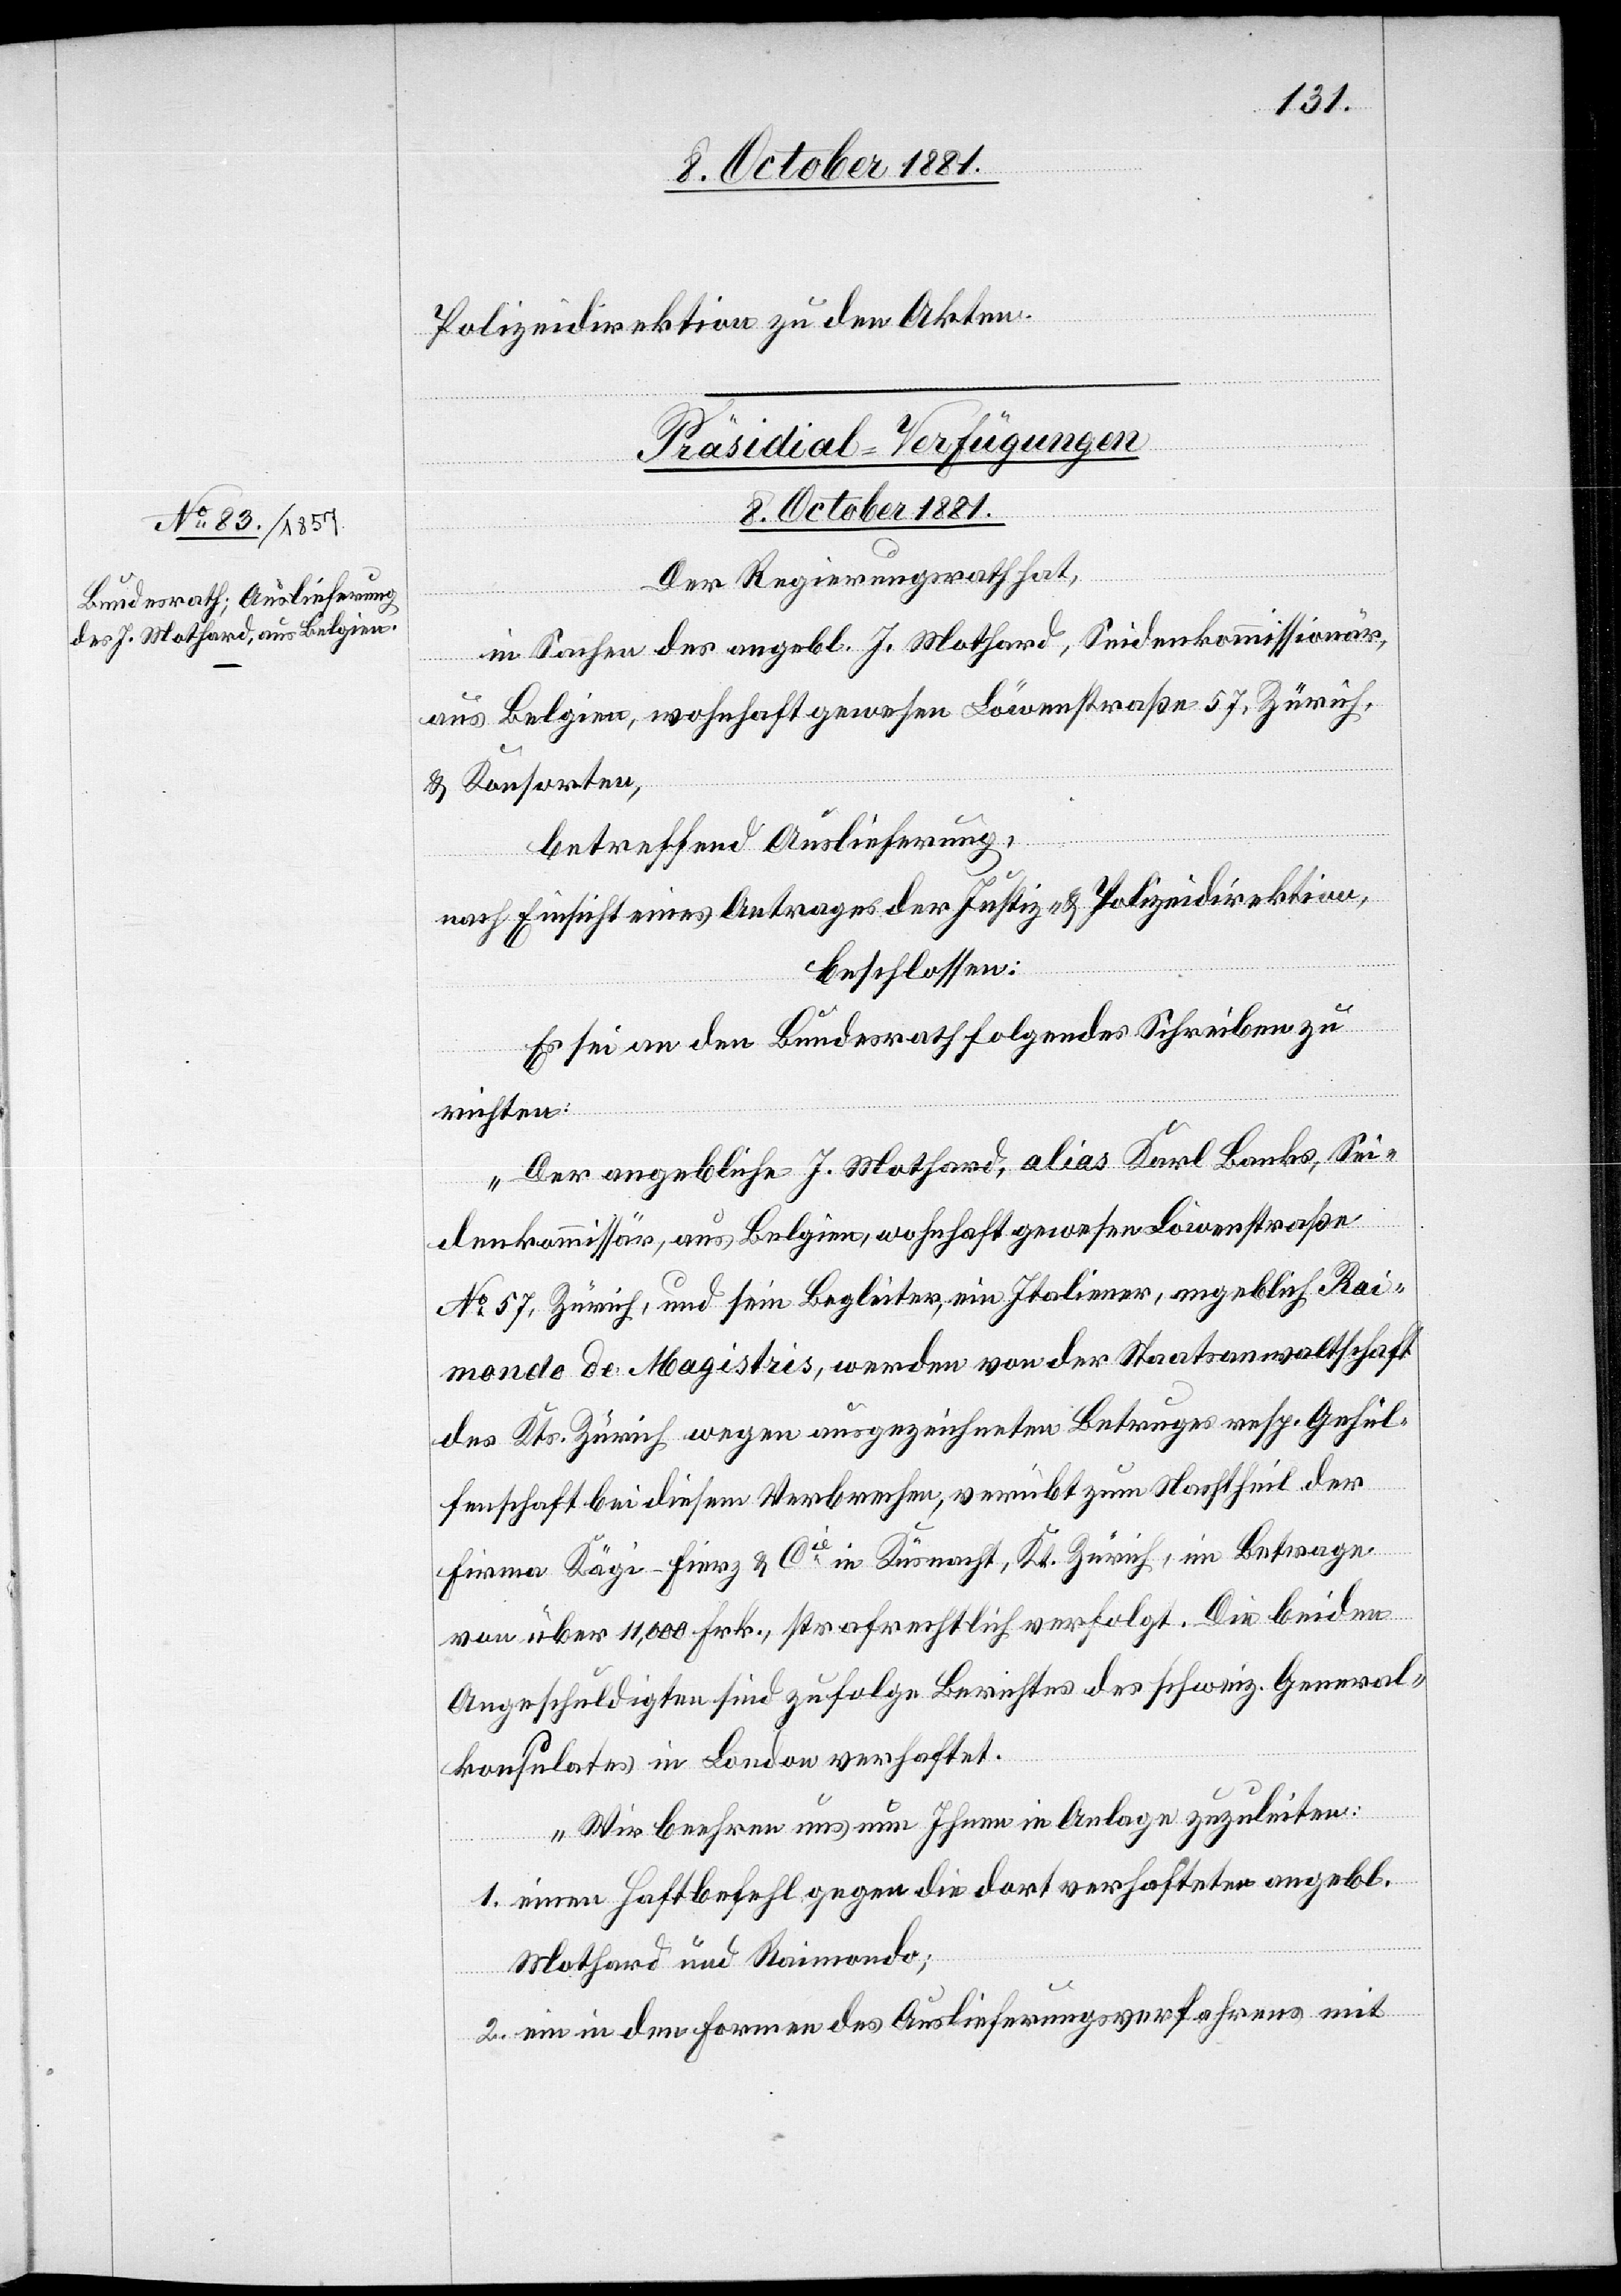
Polizeidirektion zu den Akten.
Präsidial-Verfügungen
8. October 1881.
Der Regierungsrath hat,
in Sachen des angebl. J. Mothard, Seidenkommissionär,
aus Belgien, wohnhaft gewesen Löwenstraße 57, Zürich,
& Konsorten,
betreffend Auslieferung,
nach Einsicht eines Antrages der Justiz- & Polizeidirektion,
beschlossen:
Es sei an den Bundesrath folgendes Schreiben zu
richten:
„Der angebliche J. Mothard, alias Karl Banks, Sei¬
denkommissär, aus Belgien, wohnhaft gewesen Löwenstraße
No 57, Zürich, und sein Begleiter, ein Italiener, angeblich Rai¬
mondo de Magistris, werden von der Staatsanwaltschaft
des Kts. Zürich wegen ausgezeichnetem Betruges resp. Gehül¬
fenschaft bei diesem Verbrechen, verübt zum Nachtheil der
Firma Kägi Fierz & Cie in Küsnacht, Kt. Zürich, im Betrage
von über 11 000 Frk., strafrechtlich verfolgt. Die beiden
Angeschuldigten sind zufolge Berichtes des schweiz. General¬
konsulates in London verhaftet.
Wir beehren uns nun Ihnen in Anlage zuzuleiten:
1. einen Haftbefehl gegen die dort verhafteten angebl.
Mothard und Raimondo;
2. ein in den Formen des Auslieferungsverfahrens mit